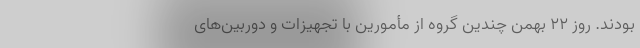
بودند. روز ۲۲ بهمن چندین گروه از مأمورین با تجهیزات و دوربین‌های